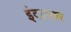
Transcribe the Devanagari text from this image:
इंदलकर